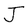
Character: J